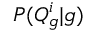
P ( Q _ { g } ^ { i } | g )